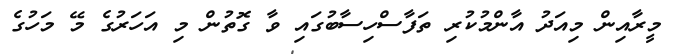
މީރާއިން މިއަދު އާންމުކުރި ތަފާސްހިސާބުގައި ވާ ގޮތުން މި އަހަރުގެ މޭ މަހުގެ